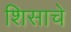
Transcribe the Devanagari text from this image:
शिसाचे